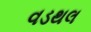
વડથલ